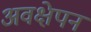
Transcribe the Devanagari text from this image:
अवक्षेपन